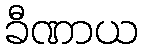
ခီဏာယ